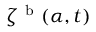
\zeta ^ { \mathrm { ~ b ~ } } ( \alpha , t )